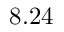
8 . 2 4